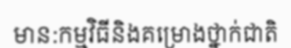
មាន:កម្មវិធីនិងគម្រោងថ្នាក់ជាតិ